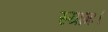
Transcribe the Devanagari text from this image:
स्यामः।